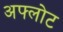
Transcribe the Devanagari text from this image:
अफ्लोट